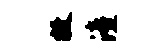
敝潼